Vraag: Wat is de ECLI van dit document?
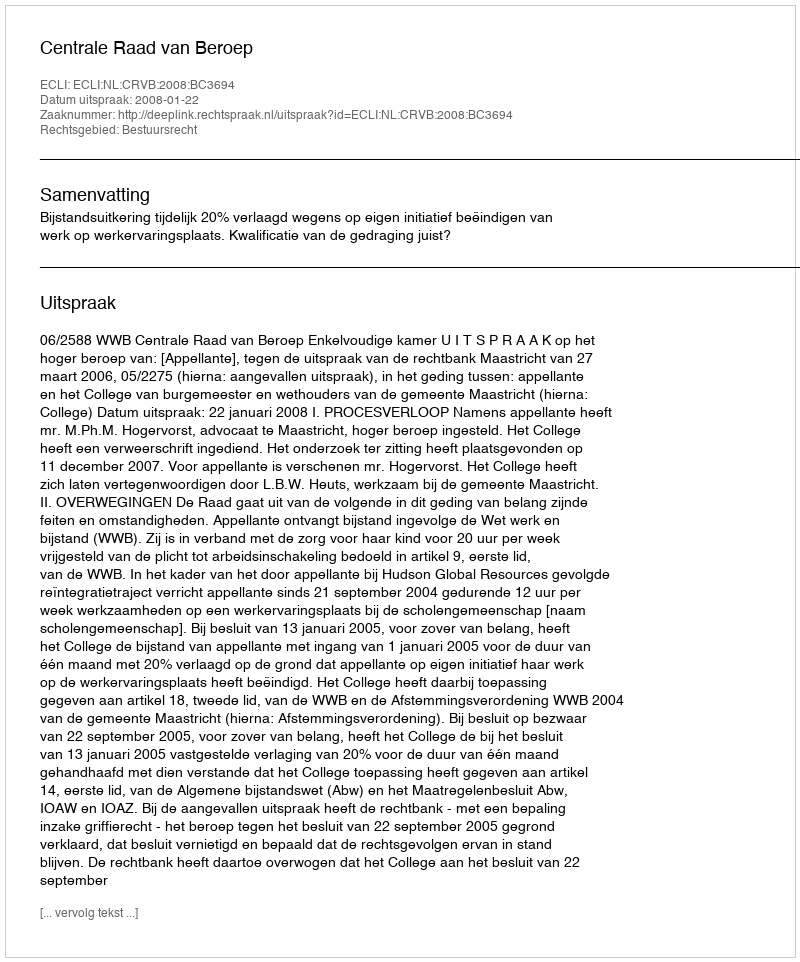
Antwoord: ECLI:NL:CRVB:2008:BC3694